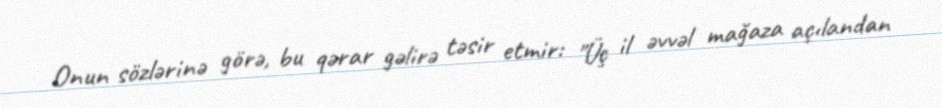
Onun sözlərinə görə, bu qərar gəlirə təsir etmir: "Üç il əvvəl mağaza açılandan